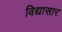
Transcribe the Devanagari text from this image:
विद्यासार